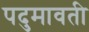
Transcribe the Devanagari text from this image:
पदुमावती